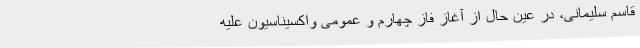
قاسم سلیمانی، در عین حال از آغاز فاز چهارم و عمومی واکسیناسیون علیه